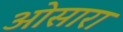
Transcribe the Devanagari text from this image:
ओसारा